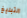
التبليغ